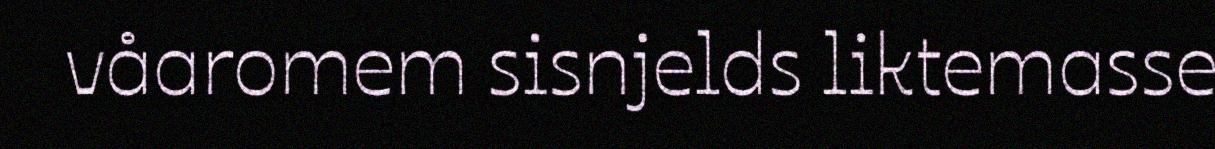
våaromem sisnjelds liktemasse